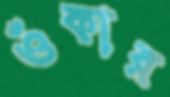
ওঁকার